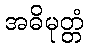
အဓိမုတ္တံ